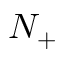
N _ { + }